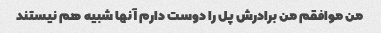
من موافقم من برادرش پل را دوست دارم آنها شبیه هم نیستند